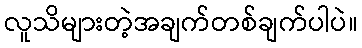
လူသိများတဲ့အချက်တစ်ချက်ပါပဲ။